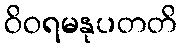
ဝိဝရမနုပတတိ